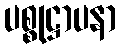
ပစ္စုဋ္ဌာပနာ